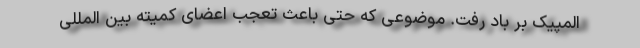
المپیک بر باد رفت. موضوعی که حتی باعث تعجب اعضای کمیته بین المللی